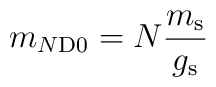
m_{N\rm D0} = N\frac{m_{\rm s}}{g_{\rm s}}